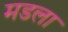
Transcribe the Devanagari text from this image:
मडला